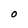
Character: O